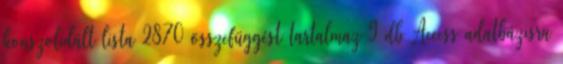
konszolidált lista 2870 összefüggést tartalmaz 9 db Access adatbázisra